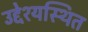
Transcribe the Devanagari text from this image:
उद्देश्यस्थित